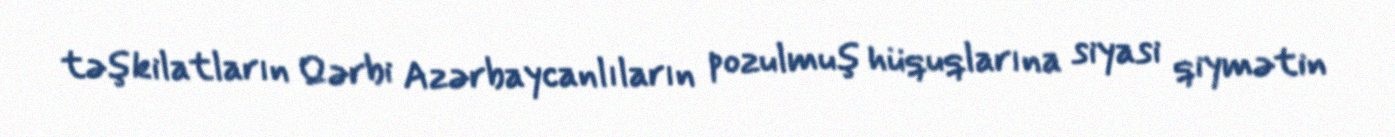
təşkilatların Qərbi Azərbaycanlıların pozulmuş hüquqlarına siyasi qiymətin